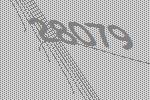
28079